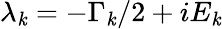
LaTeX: \lambda_{\mathit{k}}=-\Gamma_{\mathit{k}}/2+iE_{\mathit{k}}